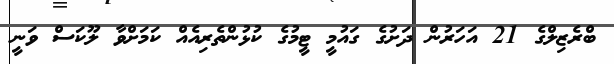
ބްރެޒިލްގެ 21 އަހަރުން ދަށުގެ ގައުމީ ޓީމުގެ ކުޅުންތެރިއެއް ކަމަށްވާ ލޫކަސް ވަނީ